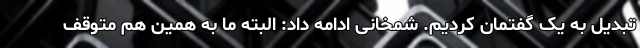
تبدیل به یک گفتمان کردیم. شمخانی ادامه داد: البته ما به همین هم متوقف